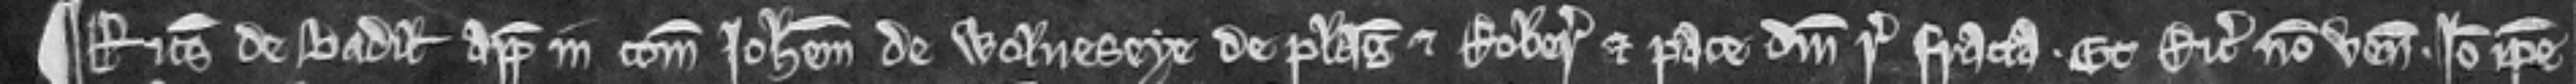
¶ Ricardus de Badil appellavit in comitatu Johannem de Wolveseye de plagis et roberia et pace domini regis fracta. Et Ricardus non venit. Ideo ipse